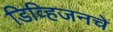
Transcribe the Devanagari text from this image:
डिव्हिजनचे